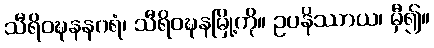
သီရိဝဍ္ဎနနဂရံ၊ သီရိဝဍ္ဎနမြို့ကို။ ဥပနိဿာယ၊ မှီ၍။